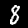
Digit: 8